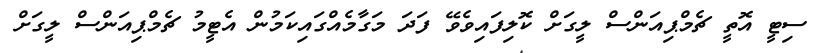
ސިޓީ އޮތީ ޗެމްޕިއަންސް ލީގަށް ކޮލިފައިވެވޭ ފަދަ މަގާމެއްގައިކަމުން އެޓީމު ޗެމްޕިއަންސް ލީގަށް